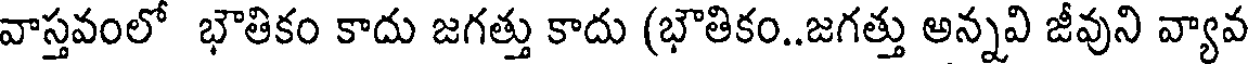
వాస్తవంలో భౌతికం కాదు జగత్తు కాదు (భౌతికం..జగత్తు అన్నవి జీవుని వ్యావ